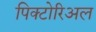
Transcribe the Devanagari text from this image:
पिक्टोरिअल